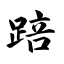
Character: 踣